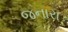
જનારા